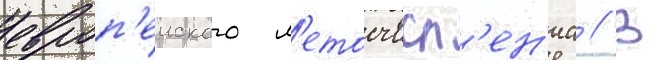
европ'еиского л'етосчисл'ен'иа // В